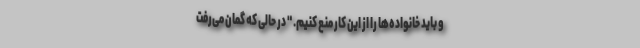
و باید خانواده‌ها را از این کار منع کنیم. " در حالی که گمان می‌رفت